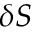
\delta S